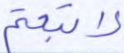
لاتبعتم